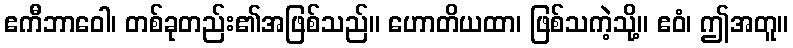
ဧကီဘာဝေါ၊ တစ်ခုတည်း၏အဖြစ်သည်။ ဟောတိယထာ၊ ဖြစ်သကဲ့သို့။ ဧဝံ၊ ဤအတူ။